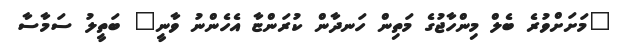
"މަށަށްވުރެ ބެލް މިންހާޖުގެ މަތިން ހަނދާން ކުރަންޏާ އެހެންނު ވާނީ" ބަތީލު ސަމާސާ